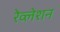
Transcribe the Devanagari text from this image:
रेव्लेशन